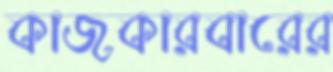
কাজকারবারের